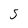
Character: S